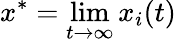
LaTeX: x^{*}=\operatorname*{lim}_{t\to\infty}x_{i}(t)